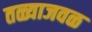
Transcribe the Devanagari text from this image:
तळ्याजवळ